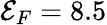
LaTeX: {\cal E}_{F}=8.5